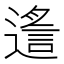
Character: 𨖈